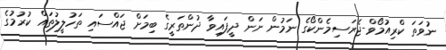
ނުވަތަ ކްރިއުމޯވް-ޖެރަސިމެންކޯގެ ނަމުން ނަން ދީފައިވާ ދުންތަރީގެ ބިމަށް ޖައްސައި ތަހުލީލުތައް ކުރުމުގެ